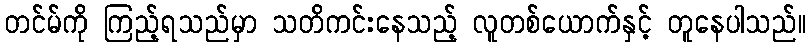
တင်မ်ကို ကြည့်ရသည်မှာ သတိကင်းနေသည့် လူတစ်ယောက်နှင့် တူနေပါသည်။